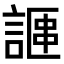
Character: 𫍁